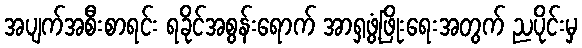
အပျက်အစီးစာရင်း ရခိုင်အစွန်းရောက် အာရှဖွံ့ဖြိုးရေးအတွက် ညပိုင်းမှ